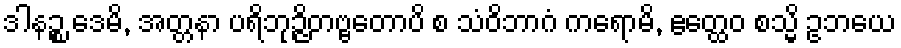
ဒါနဉ္စ ဒေမိ, အတ္တနာ ပရိဘုဉ္ဇိတဗ္ဗတောပိ စ သံဝိဘာဂံ ကရောမိ, ဧတ္ထေဝ စသ္မိ ဥဘယေ